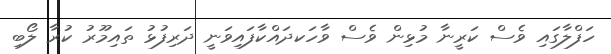
ހަފްލާގައި ވެސް ކަރީނާ މުޅިން ވެސް ވާހަކދައްކާފައިވަނީ ދަރިފުޅު ތައިމޫރު ކުރާ ލޯބި